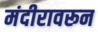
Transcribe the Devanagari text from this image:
मंदीरावरून